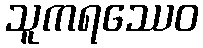
သူကရဿေဝ